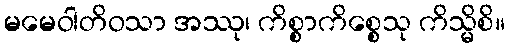
မမေဝါတိဝသာ အဿု၊ ကိစ္စာကိစ္စေသု ကိသ္မိစိ။